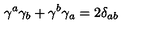
\gamma ^ { a } \gamma _ { b } + \gamma ^ { b } \gamma _ { a } = 2 \delta _ { a b }